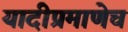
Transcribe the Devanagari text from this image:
यादीप्रमाणेच